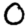
Digit: 0